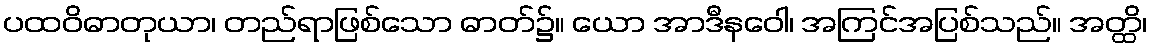
ပထဝိဓာတုယာ၊ တည်ရာဖြစ်သော ဓာတ်၌။ ယော အာဒီနဝေါ၊ အကြင်အပြစ်သည်။ အတ္ထိ၊